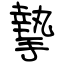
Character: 摯